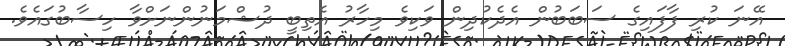
އޭނަ ކުރި ފާފައިގެ ސަބަބުން އެދެކުދިން ވަކިވެ މިހާރު އެތިބީ ދުޝްމަނުންނަށްވާ ހިސާބުގައެވެ.